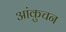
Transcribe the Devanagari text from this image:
आंकुचन